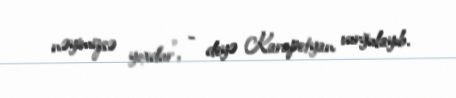
nəyimizsə yoxdur”, - deyə Karapetyan vurğulayıb.